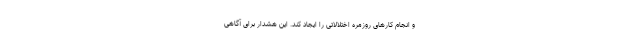
و انجام کارهای روزمره اختلالاتی را ایجاد کند. این هشدار برای آگاهی